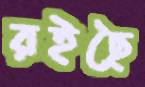
রইছৈ